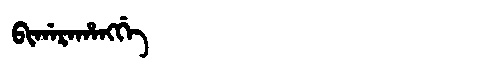
Manchu: ᠪᡳᡤᠠᡵᠠᡥᠠᠩᡤᡝ
Romanization: BIGARAHANGGE